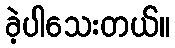
ခဲ့ပါသေးတယ်။